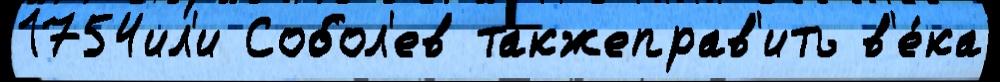
1754ил'и Собол'ев такжеправ'ить в'е́ка